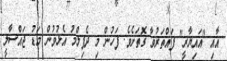
އާއި "އައިޔާރީ" ފައްތަރުވާ ގޮތަށެވެ. ފަހުން މި ދެފިލްމު އެޅުވުން މަޑު ޖައްސާލީ